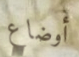
أوضاع